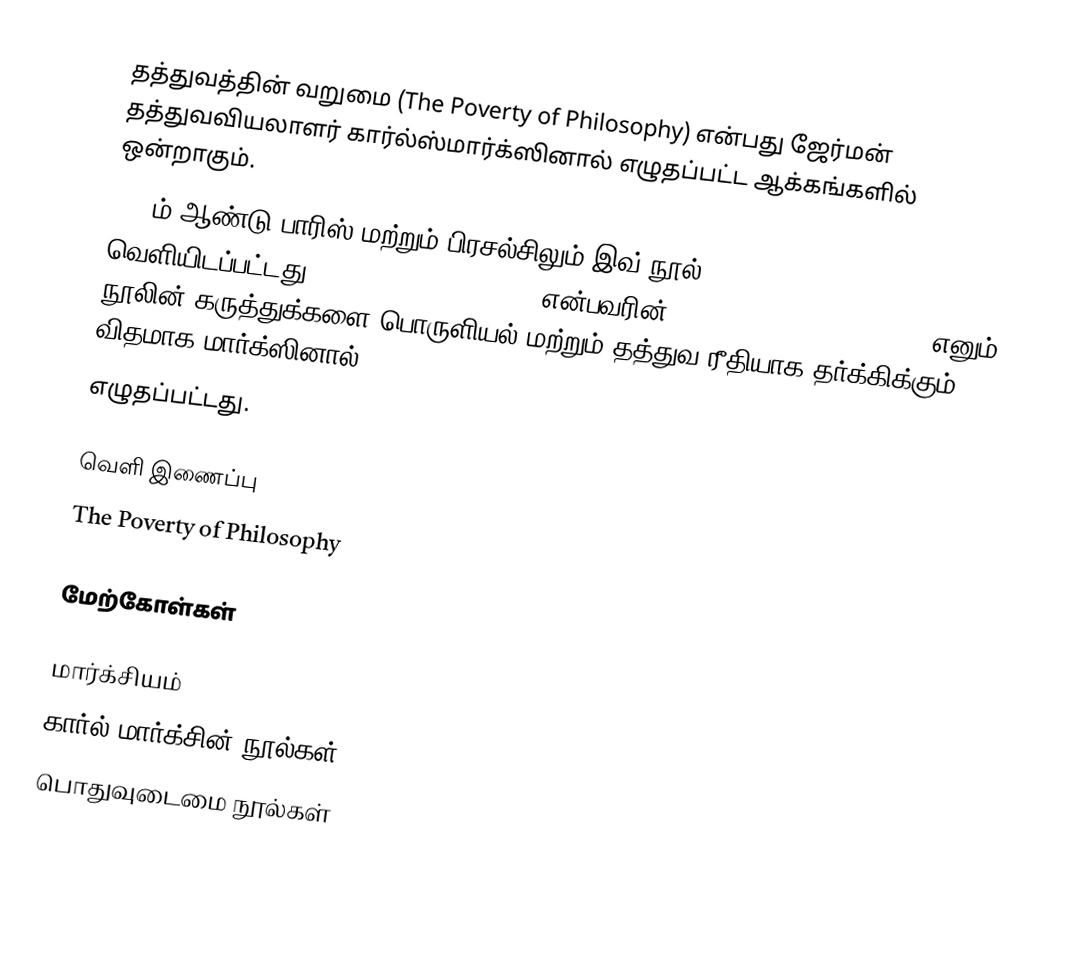
தத்துவத்தின் வறுமை (The Poverty of Philosophy) என்பது ஜேர்மன் தத்துவவியலாளர் கார்ல்ஸ்மார்க்ஸினால் எழுதப்பட்ட ஆக்கங்களில் ஒன்றாகும்.
1847ம் ஆண்டு பாரிஸ் மற்றும் பிரசல்சிலும் இவ் நூல் வெளியிடப்பட்டது.Pierre-Joseph Proudhon என்பவரின் The Philosophy of Poverty எனும் நூலின் கருத்துக்களை பொருளியல் மற்றும் தத்துவ ரீதியாக தர்க்கிக்கும் விதமாக மார்க்ஸினால்
எழுதப்பட்டது.

வெளி இணைப்பு
 The Poverty of Philosophy

மேற்கோள்கள்

மார்க்சியம்
கார்ல் மார்க்சின் நூல்கள்
பொதுவுடைமை நூல்கள்